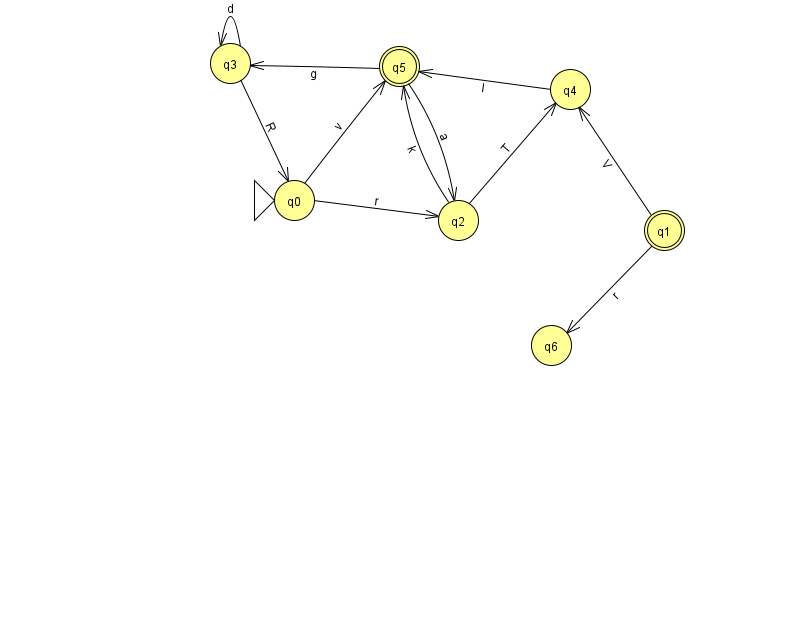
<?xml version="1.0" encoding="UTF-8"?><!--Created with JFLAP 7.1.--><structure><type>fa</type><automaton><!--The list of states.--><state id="0" name="q0"><x>294.0</x><y>187.0</y><initial/></state><state id="1" name="q1"><x>664.0</x><y>217.0</y><final/></state><state id="2" name="q2"><x>458.0</x><y>207.0</y></state><state id="3" name="q3"><x>230.0</x><y>50.0</y></state><state id="4" name="q4"><x>570.0</x><y>76.0</y></state><state id="5" name="q5"><x>399.0</x><y>53.0</y><final/></state><state id="6" name="q6"><x>551.0</x><y>332.0</y></state><!--The list of transitions.--><transition><from>4</from><to>5</to><read>I</read></transition><transition><from>2</from><to>4</to><read>T</read></transition><transition><from>3</from><to>3</to><read>d</read></transition><transition><from>0</from><to>5</to><read>v</read></transition><transition><from>2</from><to>5</to><read>k</read></transition><transition><from>1</from><to>4</to><read>V</read></transition><transition><from>5</from><to>3</to><read>g</read></transition><transition><from>5</from><to>2</to><read>a</read></transition><transition><from>0</from><to>2</to><read>r</read></transition><transition><from>3</from><to>0</to><read>R</read></transition><transition><from>1</from><to>6</to><read>r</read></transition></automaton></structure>